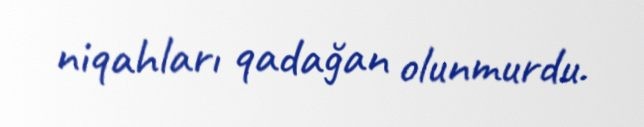
niqahları qadağan olunmurdu.